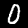
Digit: 0